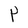
Character: P